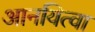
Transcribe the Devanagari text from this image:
आनयित्वा